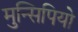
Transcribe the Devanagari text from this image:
मुन्सिपियो